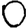
Digit: 0